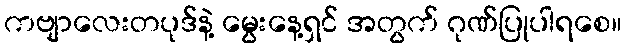
ကဗျာလေးတပုဒ်နဲ့ မွေးနေ့ရှင် အတွက် ဂုဏ်ပြုပါရစေ။